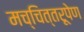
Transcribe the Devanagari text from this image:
मच्चित्तरूपेण